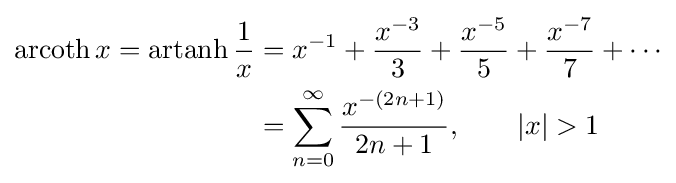
{\begin{aligned}\operatorname {arcoth} x=\operatorname {artanh} {\frac {1}{x}}&=x^{-1}+{\frac {x^{-3}}{3}}+{\frac {x^{-5}}{5}}+{\frac {x^{-7}}{7}}+\cdots \\&=\sum _{n=0}^{\infty }{\frac {x^{-(2n+1)}}{2n+1}},\qquad \left|x\right|>1\end{aligned}}